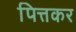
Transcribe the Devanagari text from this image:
पित्तकर